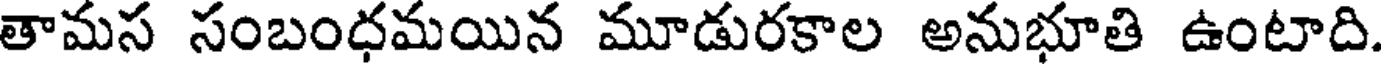
తామస సంబంధమయిన మూడురకాల అనుభూతి ఉంటాది